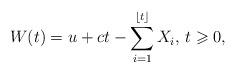
LaTeX: \begin{align*}W(t)=u+ct-\sum_{i=1}^{\lfloor t\rfloor}X_i,\, t\geqslant 0,\end{align*}